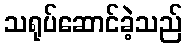
သရုပ်ဆောင်ခဲ့သည်